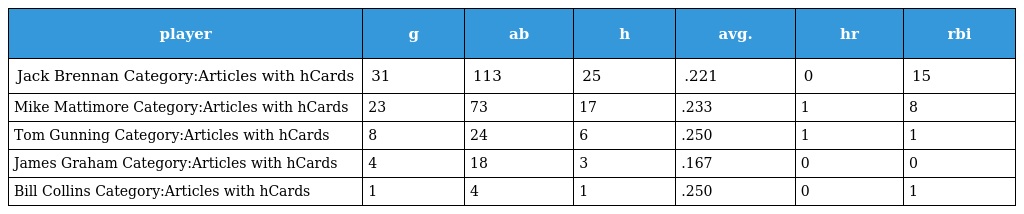
| player | g | ab | h | avg. | hr | rbi |
 | --- | --- | --- | --- | --- | --- | --- |
 | Jack Brennan Category:Articles with hCards | 31 | 113 | 25 | .221 | 0 | 15 |
 | Mike Mattimore Category:Articles with hCards | 23 | 73 | 17 | .233 | 1 | 8 |
 | Tom Gunning Category:Articles with hCards | 8 | 24 | 6 | .250 | 1 | 1 |
 | James Graham Category:Articles with hCards | 4 | 18 | 3 | .167 | 0 | 0 |
 | Bill Collins Category:Articles with hCards | 1 | 4 | 1 | .250 | 0 | 1 |